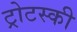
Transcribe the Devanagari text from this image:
ट्रोटस्की